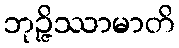
ဘုဉ္ဇိဿာမာတိ